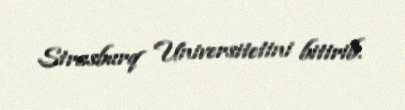
Strasburq Universitetini bitirib.